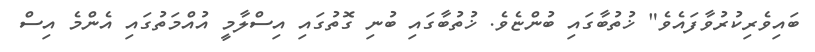
ބައިވެރިކުރުވާފައެވެ" ޚުތުބާގައި ބުންޏެވެ. ޚުތުބާގައި ބުނި ގޮތުގައި އިސްލާމީ އުއްމަތުގައި އެންމެ އިސް